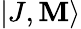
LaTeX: \left|J,\mathbf{M}\right\rangle